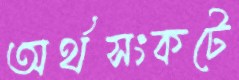
অর্থসংকটে